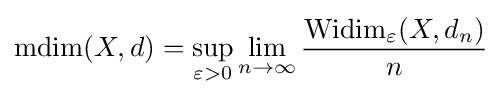
\operatorname {mdim} (X,d)=\sup _{\varepsilon >0}\lim _{n\rightarrow \infty }{\frac {\operatorname {Widim} _{\varepsilon }(X,d_{n})}{n}}